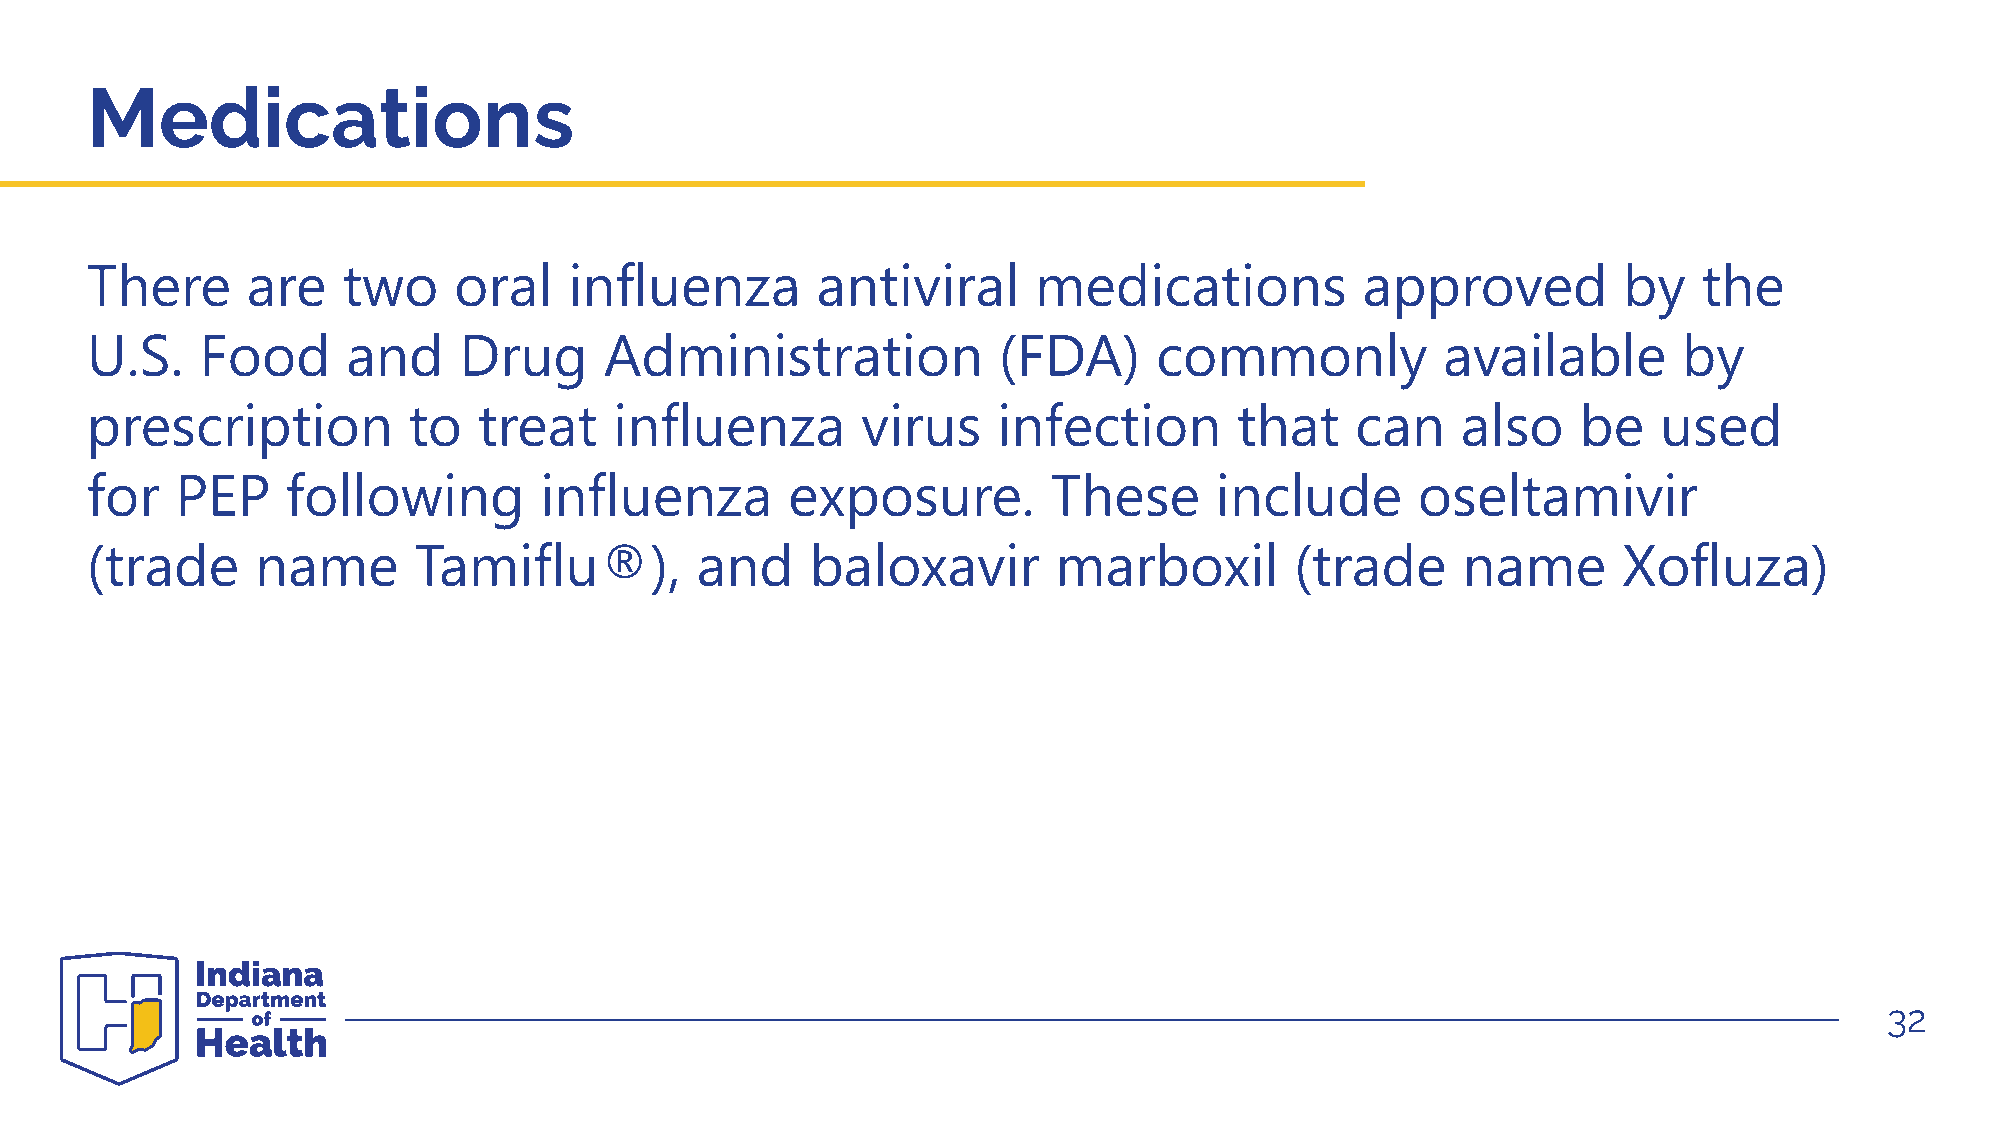
Medications
 There     are    two    oral    influenza       antiviral     medications           approved         by    the
 U.S.   Food      and    Drug      Administration            (FDA)      commonly          available       by
 prescription         to   treat    influenza       virus    infection       that    can    also    be   used
 for   PEP    following        influenza       exposure.         These     include       oseltamivir
 (trade     name      Tamiflu®),         and     baloxavir       marboxil        (trade     name      Xofluza)
 32